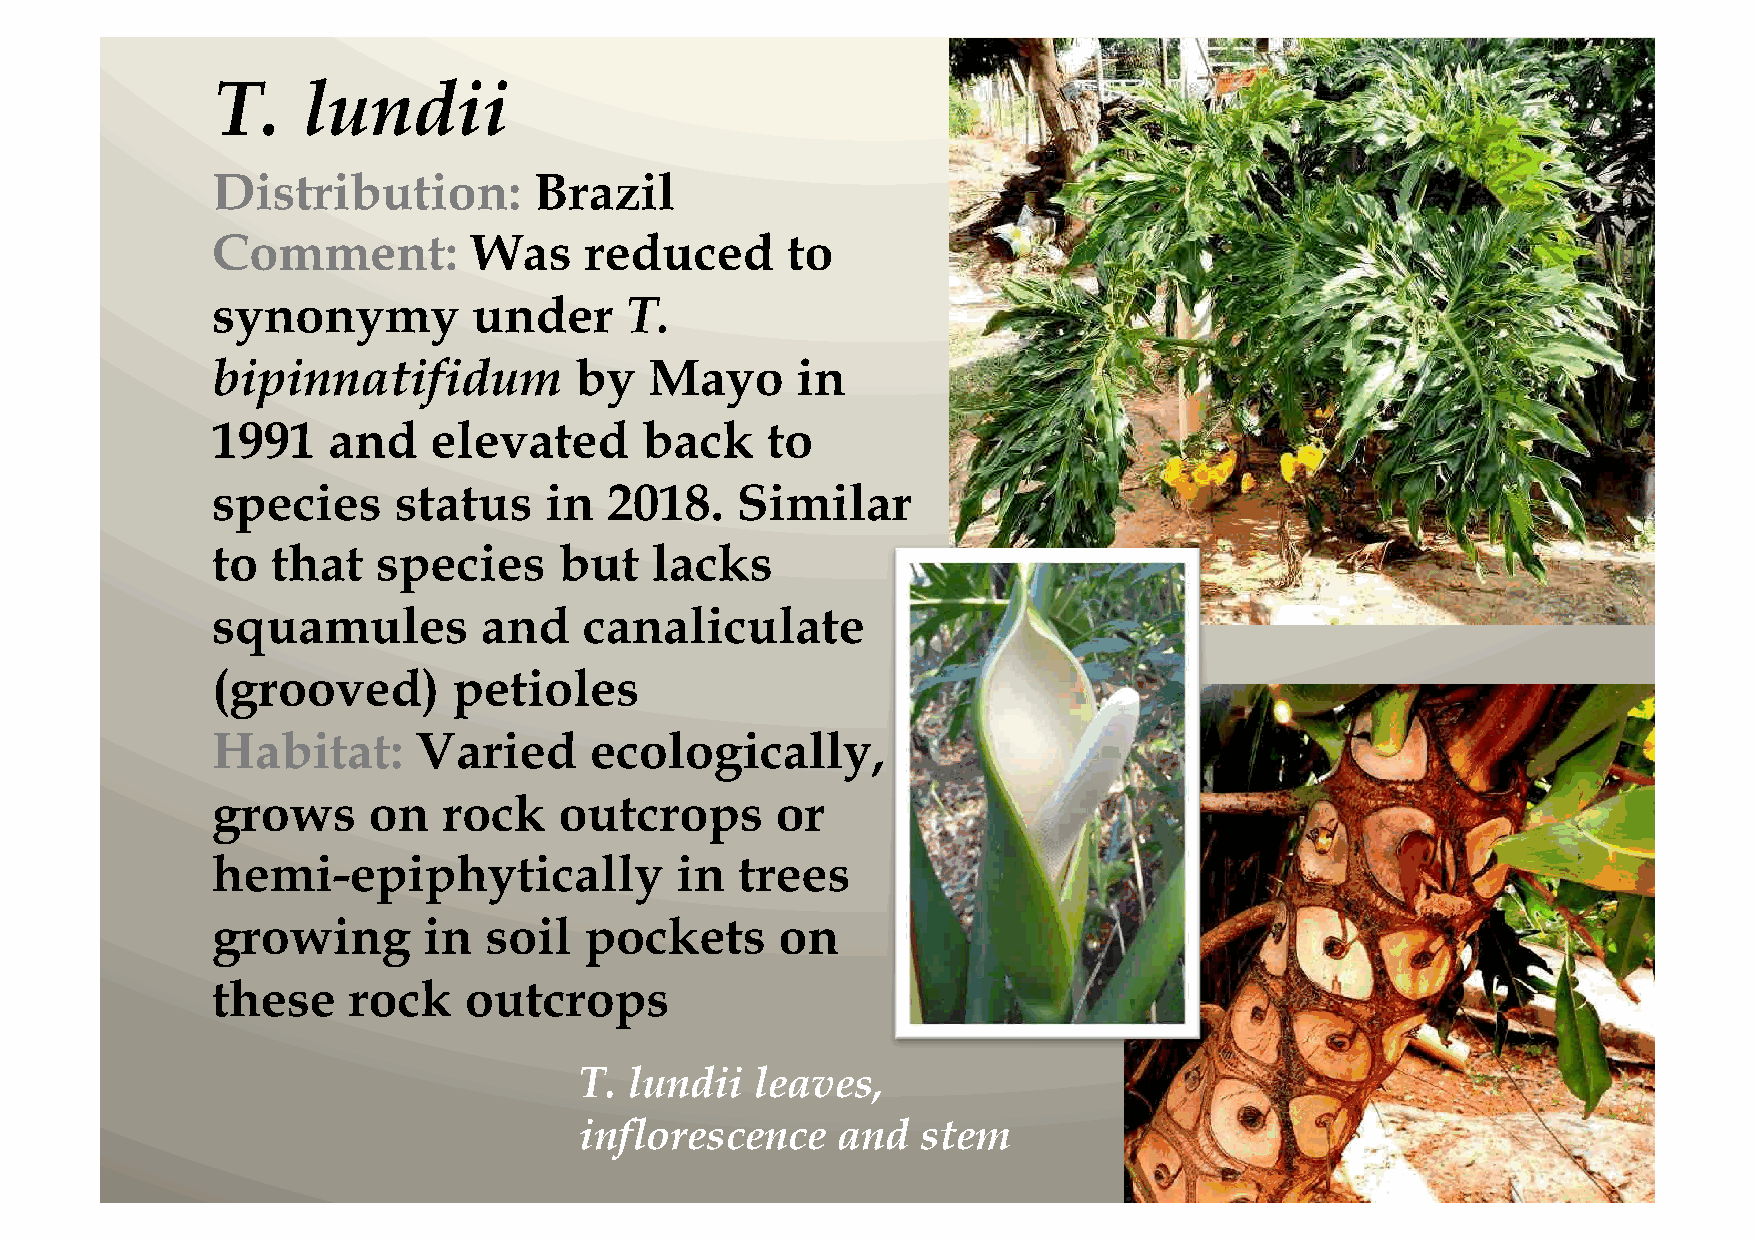
T.    lundii
 Distribution:        Brazil
 Comment:         Was     reduced      to
 synonymy         under     T.
 bipinnatifidum          by   Mayo      in
 1991    and   elevated      back     to
 species     status    in  2018.    Similar
 to  that   species     but   lacks
 squamules         and    canaliculate
 (grooved)       petioles
 Habitat:      Varied     ecologically,
 grows     on   rock    outcrops      or
 hemi-epiphytically             in  trees
 growing       in  soil   pockets      on
 these    rock    outcrops
 T.  lundii  leaves,
 inflorescence    and   stem